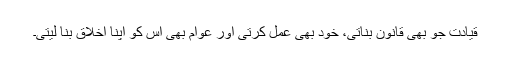
قیادت جو بھی قانون بناتی، خود بھی عمل کرتی اور عوام بھی اس کو اپنا اخلاق بنا لیتی۔